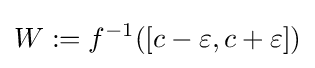
W:=f^{-1}([c-\varepsilon ,c+\varepsilon ])